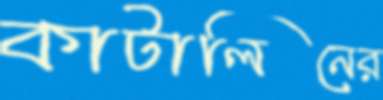
কাটালিনের